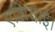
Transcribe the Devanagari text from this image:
एशियाई।